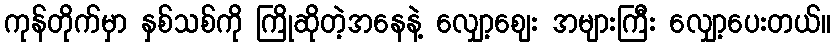
ကုန်တိုက်မှာ နှစ်သစ်ကို ကြိုဆိုတဲ့အနေနဲ့ လျှော့ဈေး အများကြီး လျှော့ပေးတယ်။